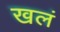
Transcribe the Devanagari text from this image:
खलं